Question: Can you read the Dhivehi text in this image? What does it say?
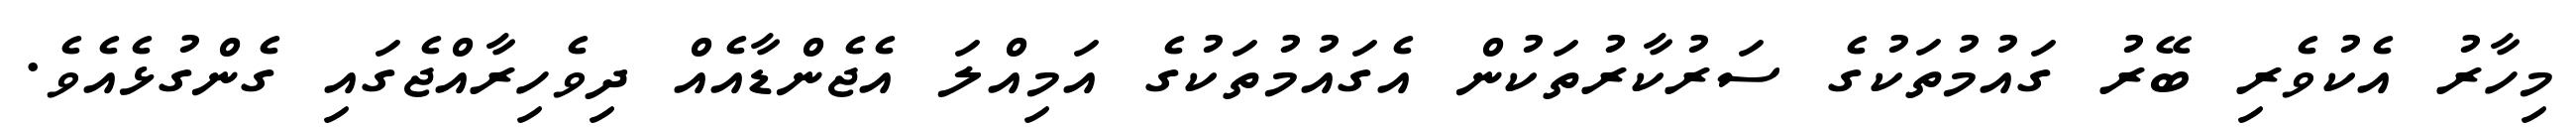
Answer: މިހާރު އެކުވެރި ބޭރު ގައުމުތަކުގެ ސަރުކާރުތަކުން އެގައުމުތަކުގެ އަމިއްލަ އެޖެންޑާއެއް ދިވެހިރާއްޖެގައި ގެންގުޅެއެވެ.